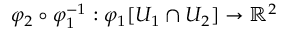
\varphi _ { 2 } \circ \varphi _ { 1 } ^ { - 1 } : \varphi _ { 1 } [ U _ { 1 } \cap U _ { 2 } ] \to \mathbb { R } ^ { 2 }